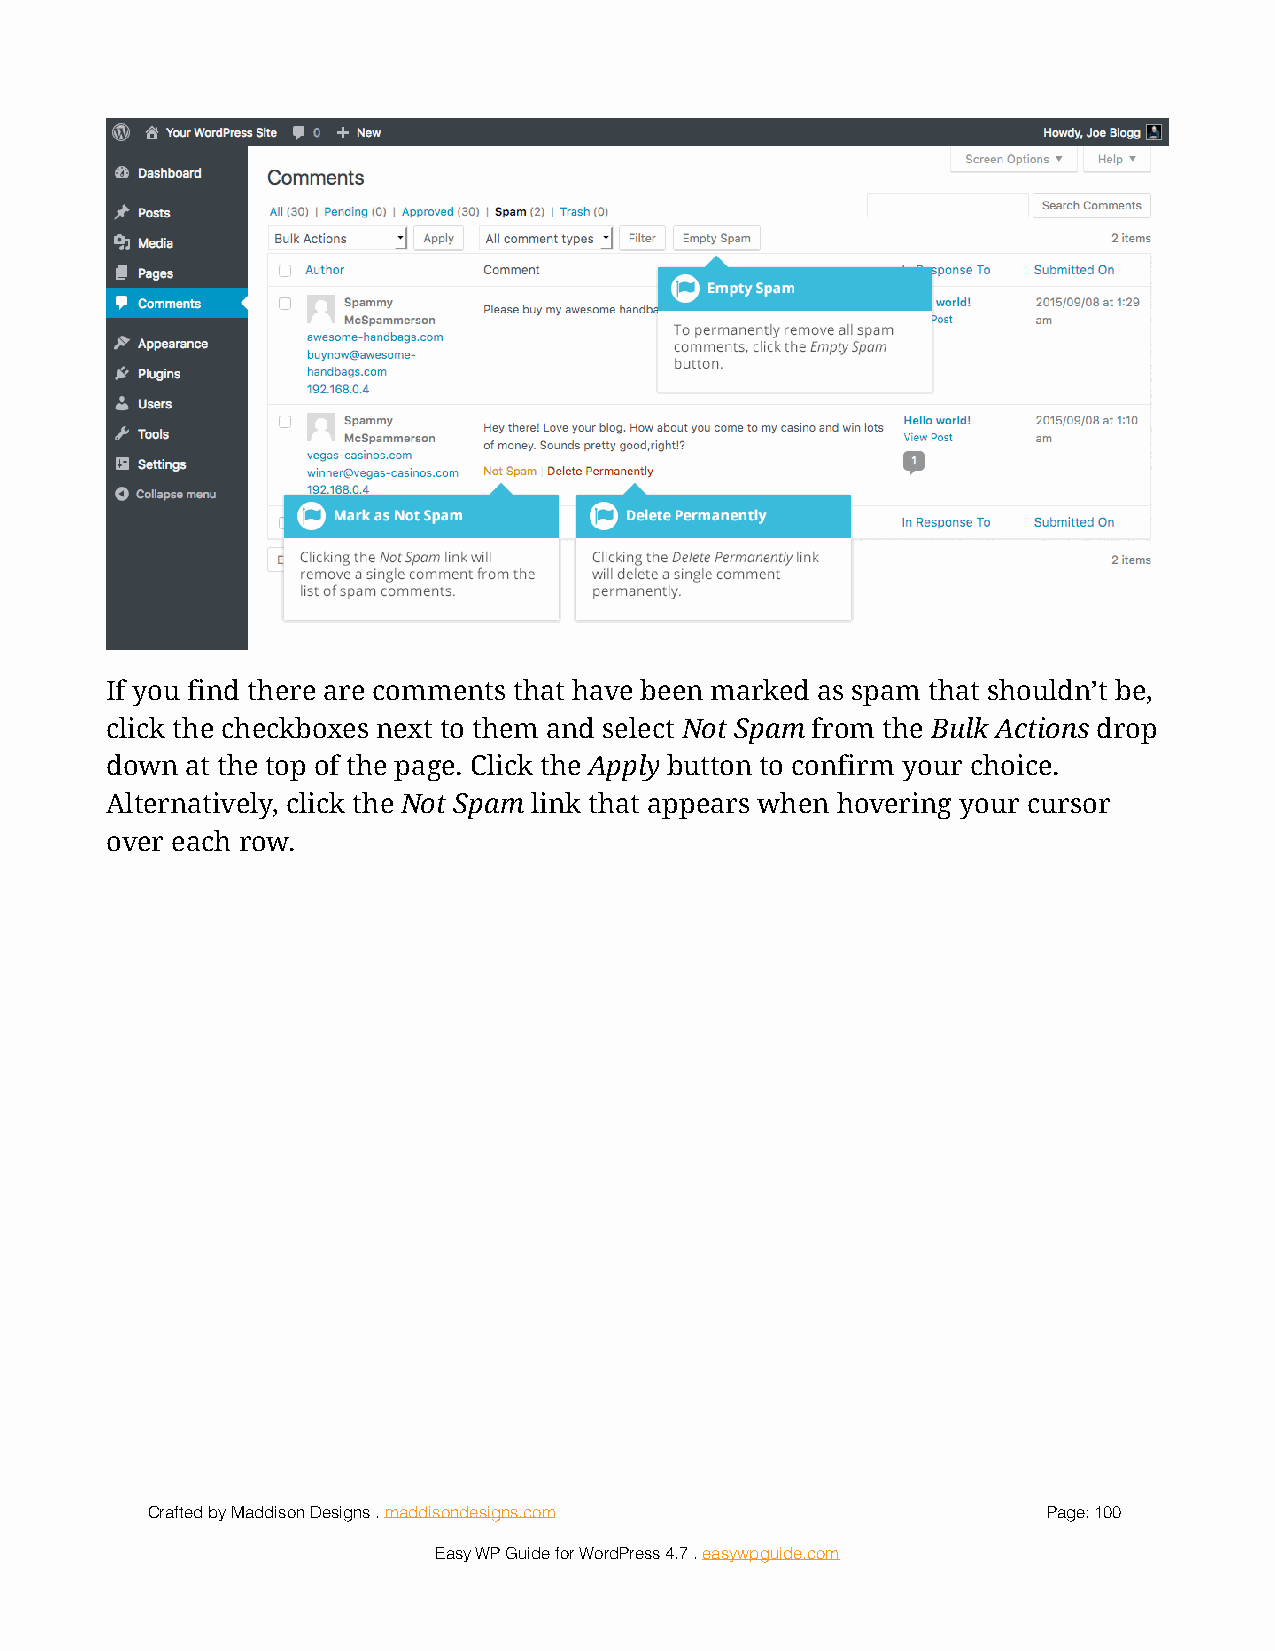
!
 If you find there are comments that have been marked as spam that shouldn’t be,
 click the checkboxes next to them and select Not Spam from the Bulk Actions drop
 down at the top of the page. Click the Apply button to confirm your choice.
 Alternatively, click the Not Spam link that appears when hovering your cursor
 over each row.
 Crafted by Maddison Designs . maddisondesigns.com          Page: 1 00
 Easy WP Guide for WordPress 4.7 . easywpguide.com